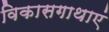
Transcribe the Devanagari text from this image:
विकासगाथाएं